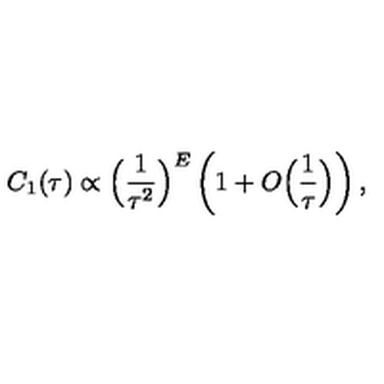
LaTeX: C _ { 1 } ( \tau ) \propto \Big ( \frac { 1 } { \tau ^ { 2 } } \Big ) ^ { E } \left( 1 + O \Big ( \frac { 1 } { \tau } \Big ) \right) ,